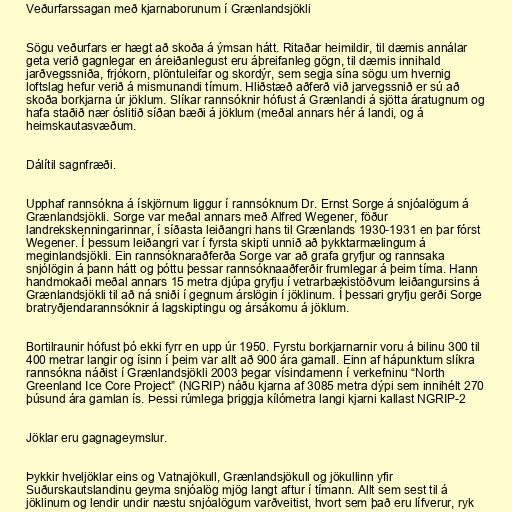
Veðurfarssagan með kjarnaborunum í Grænlandsjökli

Sögu veðurfars er hægt að skoða á ýmsan hátt. Ritaðar heimildir, til dæmis annálar
geta verið gagnlegar en áreiðanlegust eru áþreifanleg gögn, til dæmis innihald
jarðvegssniða, frjókorn, plöntuleifar og skordýr, sem segja sína sögu um hvernig
loftslag hefur verið á mismunandi tímum. Hliðstæð aðferð við jarvegssnið er sú að
skoða borkjarna úr jöklum. Slíkar rannsóknir hófust á Grænlandi á sjötta áratugnum og
hafa staðið nær óslitið síðan bæði á jöklum (meðal annars hér á landi, og á
heimskautasvæðum.

Dálítil sagnfræði.

Upphaf rannsókna á ískjörnum liggur í rannsóknum Dr. Ernst Sorge á snjóalögum á
Grænlandsjökli. Sorge var meðal annars með Alfred Wegener, föður
landrekskenningarinnar, í síðasta leiðangri hans til Grænlands 1930-1931 en þar fórst
Wegener. Í þessum leiðangri var í fyrsta skipti unnið að þykktarmælingum á
meginlandsjökli. Ein rannsóknaraðferða Sorge var að grafa gryfjur og rannsaka
snjólögin á þann hátt og þóttu þessar rannsóknaaðferðir frumlegar á þeim tíma. Hann
handmokaði meðal annars 15 metra djúpa gryfju í vetrarbækistöðvum leiðangursins á
Grænlandsjökli til að ná sniði í gegnum árslögin í jöklinum. Í þessari gryfju gerði Sorge
bratryðjendarannsóknir á lagskiptingu og ársákomu á jöklum.

Bortilraunir hófust þó ekki fyrr en upp úr 1950. Fyrstu borkjarnarnir voru á bilinu 300 til
400 metrar langir og ísinn í þeim var allt að 900 ára gamall. Einn af hápunktum slíkra
rannsókna náðist í Grænlandsjökli 2003 þegar vísindamenn í verkefninu “North
Greenland Ice Core Project” (NGRIP) náðu kjarna af 3085 metra dýpi sem innihélt 270
þúsund ára gamlan ís. Þessi rúmlega þriggja kílómetra langi kjarni kallast NGRIP-2

Jöklar eru gagnageymslur.

Þykkir hveljöklar eins og Vatnajökull, Grænlandsjökull og jökullinn yfir
Suðurskautslandinu geyma snjóalög mjög langt aftur í tímann. Allt sem sest til á
jöklinum og lendir undir næstu snjóalögum varðveitist, hvort sem það eru lífverur, ryk